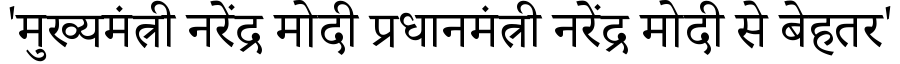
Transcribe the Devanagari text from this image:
'मुख्यमंत्री नरेंद्र मोदी प्रधानमंत्री नरेंद्र मोदी से बेहतर'